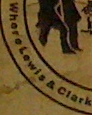
WhoroLowis & Clark